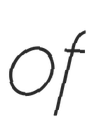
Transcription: of